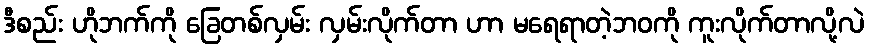
ဒီစည်း ဟိုဘက်ကို ခြေတစ်လှမ်း လှမ်းလိုက်တာ ဟာ မရေရာတဲ့ဘဝကို ကူးလိုက်တာလို့လဲ